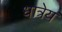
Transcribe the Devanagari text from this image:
धात्रेय